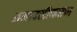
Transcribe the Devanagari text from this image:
अनाक्सीकरण